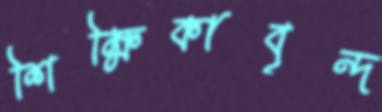
শিক্ষিকাবৃন্দ